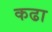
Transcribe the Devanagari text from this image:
कढा